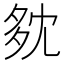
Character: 𡖓